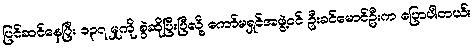
ပြင်ဆင်နေပြီး ၁၃၇ မှုကို စွဲဆိုပြီးပြီလို့ ကော်မရှင်အဖွဲ့ဝင် ဦးခင်မောင်ဦးက ပြောပါတယ်။